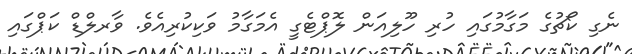
ނެގި ކޯޗުގެ މަގާމުގައި ހުރި ހޫލިއަން ލޮޕްޓެގީ އެމަގާމު ވަކިކުރިއެވެ. ވާރލްޑް ކަޕްގައި